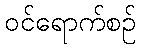
ဝင်ရောက်စဉ်